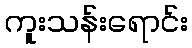
ကူးသန်းရောင်း